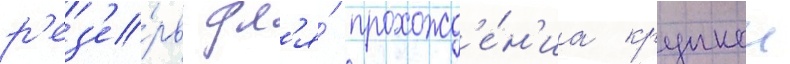
р'ез'е́рв дл'я́ прохожд'е́н'иа крупнои